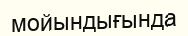
мойындығында